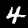
Label: 4